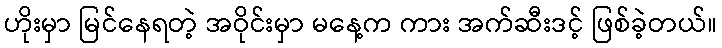
ဟိုးမှာ မြင်နေရတဲ့ အဝိုင်းမှာ မနေ့က ကား အက်ဆီးဒင့် ဖြစ်ခဲ့တယ်။